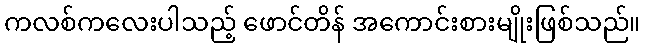
ကလစ်ကလေးပါသည့် ဖောင်တိန် အကောင်းစားမျိုးဖြစ်သည်။